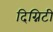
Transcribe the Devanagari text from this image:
दिग्निटी